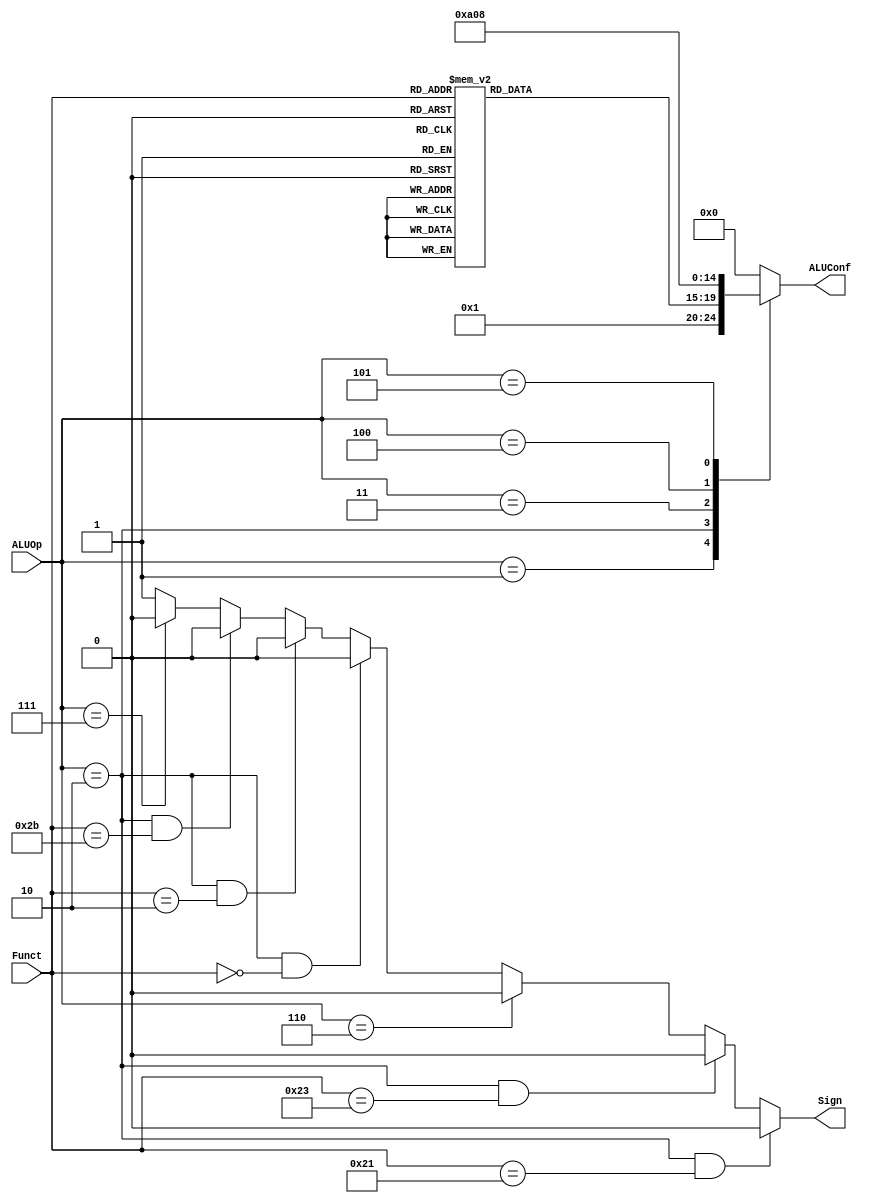
`timescale 1ns / 1ps

module ALUControl(ALUOp, Funct, ALUConf, Sign);
	//Control Signals
	input [3:0] ALUOp;
	//Inst. Signals
	input [5:0] Funct;
	//Output Control Signals
	output reg [4:0] ALUConf;
	output Sign;

    //--------------Your code below-----------------------

	parameter ADD=5'h0;
	parameter SUB=5'h1;
	parameter AND=5'h2;
	parameter OR=5'h3;
	parameter XOR=5'h4;
	parameter NOR=5'h5;
	parameter SL=5'h6;
	parameter SR=5'h7;
	parameter SLT=5'h8;
	parameter NOP1=5'h9;
	parameter NOP2=5'h10;
	
	parameter OP_ADD=4'h0;
	parameter OP_SUB=4'h1;
	parameter OP_FUNCT=4'h2;
	parameter OP_AND=4'h3;
	parameter OP_LU=4'h4;
	parameter OP_SLT=4'h5;
	parameter OP_ADDU=4'h6;
	parameter OP_SLTU=4'h7;
	
	always@(*)begin
		case(ALUOp)
			OP_ADD:begin
				ALUConf<=ADD;
			end
			OP_SUB:begin
				ALUConf<=SUB;
			end
			OP_FUNCT:begin
				case(Funct)
					6'h20,6'h21:begin//add,addu
						ALUConf<=ADD;
					end
					6'h22,6'h23:begin//sub,subu
						ALUConf<=SUB;
					end
					6'h24:begin//and
						ALUConf<=AND;
					end
					6'h25:begin//or
						ALUConf<=OR;
					end
					6'h26:begin//xor
						ALUConf<=XOR;
					end
					6'h27:begin//nor
						ALUConf<=NOR;
					end
					6'h00:begin//sll
						ALUConf<=SL;
					end
					6'h02,6'h03:begin//srl sra
						ALUConf<=SR;
					end
					6'h2a,6'h2b:begin//slt sltu
						ALUConf<=SLT;
					end
					6'h08,6'h09:begin//jr jalr
						ALUConf<=NOP1;
					end
					default:begin
						ALUConf<=5'h0;
					end
				endcase
			end
			OP_AND:begin
				ALUConf<=AND;
			end
			OP_LU:begin
				ALUConf<=NOP2;
			end
			OP_SLT:begin
				ALUConf<=SLT;
			end
			default:begin
				ALUConf<=5'h0;
			end
		endcase
	end
	
	assign Sign=(ALUOp==OP_FUNCT && Funct==6'h21)?0://addu
				(ALUOp==OP_FUNCT && Funct==6'h23)?0://subu
				(ALUOp==OP_ADDU)?0://addiu
				(ALUOp==OP_FUNCT && Funct==6'h0)?0://sll
				(ALUOp==OP_FUNCT && Funct==6'h02)?0://srl
				(ALUOp==OP_FUNCT && Funct==6'h2b)?0://sltu
				(ALUOp==OP_SLTU)?0://sltiu
				1;
				
    //--------------Your code above-----------------------

endmodule